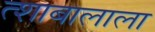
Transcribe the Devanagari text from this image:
त्शाबालाला